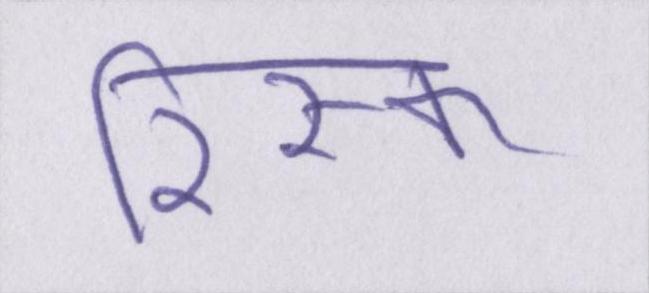
रिस्क